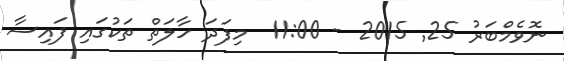
ނޮވެމްބަރު 25